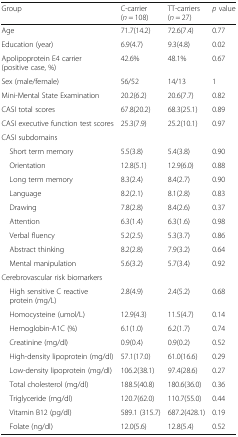
<table><thead><tr><td><b>Group</b></td><td><b>C-carrier(<i>n</i> = 108)</b></td><td><b>TT-carriers(<i>n</i> = 27)</b></td><td><b><i>p</i> value</b></td></tr></thead><tbody><tr><td>Age</td><td>71.7(14.2)</td><td>72.6(7.4)</td><td>0.77</td></tr><tr><td>Education (year)</td><td>6.9(4.7)</td><td>9.3(4.8)</td><td>0.02</td></tr><tr><td>Apolipoprotein E4 carrier (positive case, %)</td><td>42.6%</td><td>48.1%</td><td>0.67</td></tr><tr><td>Sex (male/female)</td><td>56/52</td><td>14/13</td><td>1</td></tr><tr><td>Mini-Mental State Examination</td><td>20.2(6.2)</td><td>20.6(7.7)</td><td>0.82</td></tr><tr><td>CASI total scores</td><td>67.8(20.2)</td><td>68.3(25.1)</td><td>0.89</td></tr><tr><td>CASI executive function test scores</td><td>25.3(7.9)</td><td>25.2(10.1)</td><td>0.97</td></tr><tr><td colspan="4">CASI subdomains</td></tr><tr><td> Short term memory</td><td>5.5(3.8)</td><td>5.4(3.8)</td><td>0.90</td></tr><tr><td> Orientation</td><td>12.8(5.1)</td><td>12.9(6.0)</td><td>0.88</td></tr><tr><td> Long term memory</td><td>8.3(2.4)</td><td>8.4(2.7)</td><td>0.90</td></tr><tr><td> Language</td><td>8.2(2.1)</td><td>8.1(2.8)</td><td>0.83</td></tr><tr><td> Drawing</td><td>7.8(2.8)</td><td>8.4(2.6)</td><td>0.37</td></tr><tr><td> Attention</td><td>6.3(1.4)</td><td>6.3(1.6)</td><td>0.98</td></tr><tr><td> Verbal fluency</td><td>5.2(2.5)</td><td>5.3(3.7)</td><td>0.86</td></tr><tr><td> Abstract thinking</td><td>8.2(2.8)</td><td>7.9(3.2)</td><td>0.64</td></tr><tr><td> Mental manipulation</td><td>5.6(3.2)</td><td>5.7(3.4)</td><td>0.92</td></tr><tr><td colspan="4">Cerebrovascular risk biomarkers</td></tr><tr><td> High sensitive C reactive protein (mg/L)</td><td>2.8(4.9)</td><td>2.4(5.2)</td><td>0.68</td></tr><tr><td> Homocysteine (umol/L)</td><td>12.9(4.3)</td><td>11.5(4.7)</td><td>0.14</td></tr><tr><td> Hemoglobin-A1C (%)</td><td>6.1(1.0)</td><td>6.2(1.7)</td><td>0.74</td></tr><tr><td> Creatinine (mg/dl)</td><td>0.9(0.4)</td><td>0.9(0.2)</td><td>0.52</td></tr><tr><td> High-density lipoprotein (mg/dl)</td><td>57.1(17.0)</td><td>61.0(16.6)</td><td>0.29</td></tr><tr><td> Low-density lipoprotein (mg/dl)</td><td>106.2(38.1)</td><td>97.4(28.6)</td><td>0.27</td></tr><tr><td> Total cholesterol (mg/dl)</td><td>188.5(40.8)</td><td>180.6(36.0)</td><td>0.36</td></tr><tr><td> Triglyceride (mg/dl)</td><td>120.7(62.0)</td><td>110.7(55.0)</td><td>0.44</td></tr><tr><td> Vitamin B12 (pg/dl)</td><td>589.1 (315.7)</td><td>687.2(428.1)</td><td>0.19</td></tr><tr><td> Folate (ng/dl)</td><td>12.0(5.6)</td><td>12.8(5.4)</td><td>0.52</td></tr></tbody></table>